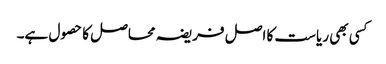
کسی بھی ریاست کا اصل فریضہ محاصل کا حصول ہے۔